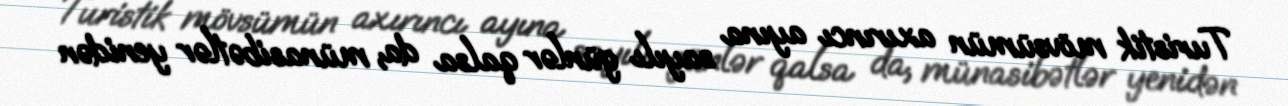
Turistik mövsümün axırıncı ayına sayılı günlər qalsa da, münasibətlər yenidən